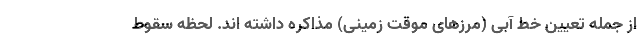
از جمله تعیین خط آبی (مرزهای موقت زمینی) مذاکره داشته اند. لحظه سقوط